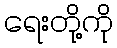
ရေးတို့ကို